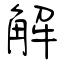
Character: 解